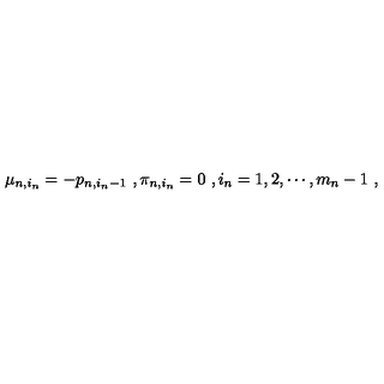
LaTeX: \mu _ { n , i _ { n } } = - p _ { n , i _ { n } - 1 } \ , \pi _ { n , i _ { n } } = 0 \ , i _ { n } = 1 , 2 , \cdots , m _ { n } - 1 \ ,